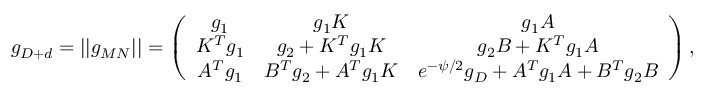
g _ { D + d } = | | g _ { M N } | | = \left( \begin{array} { c c c } { { g _ { 1 } } } & { { g _ { 1 } K } } & { { g _ { 1 } { \cal A } } } \\ { { K ^ { T } g _ { 1 } } } & { { g _ { 2 } + K ^ { T } g _ { 1 } K } } & { { g _ { 2 } { \cal B } + K ^ { T } g _ { 1 } { \cal A } } } \\ { { { \cal A } ^ { T } g _ { 1 } } } & { { { \cal B } ^ { T } g _ { 2 } + { \cal A } ^ { T } g _ { 1 } K } } & { { e ^ { - \psi / 2 } g _ { D } + { \cal A } ^ { T } g _ { 1 } { \cal A } + { \cal B } ^ { T } g _ { 2 } { \cal B } } } \end{array} \right) ,